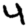
Digit: 4